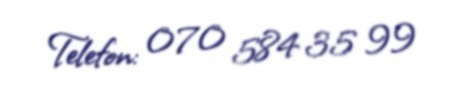
Telefon: 070 584 35 99